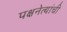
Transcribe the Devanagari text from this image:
पक्षनेत्यांची